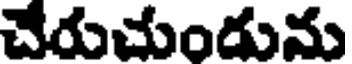
చేరుచుందును